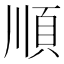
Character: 順